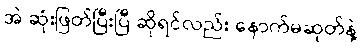
အဲ ဆုံးဖြတ်ပြီးပြီ ဆိုရင်လည်း နောက်မဆုတ်နဲ့